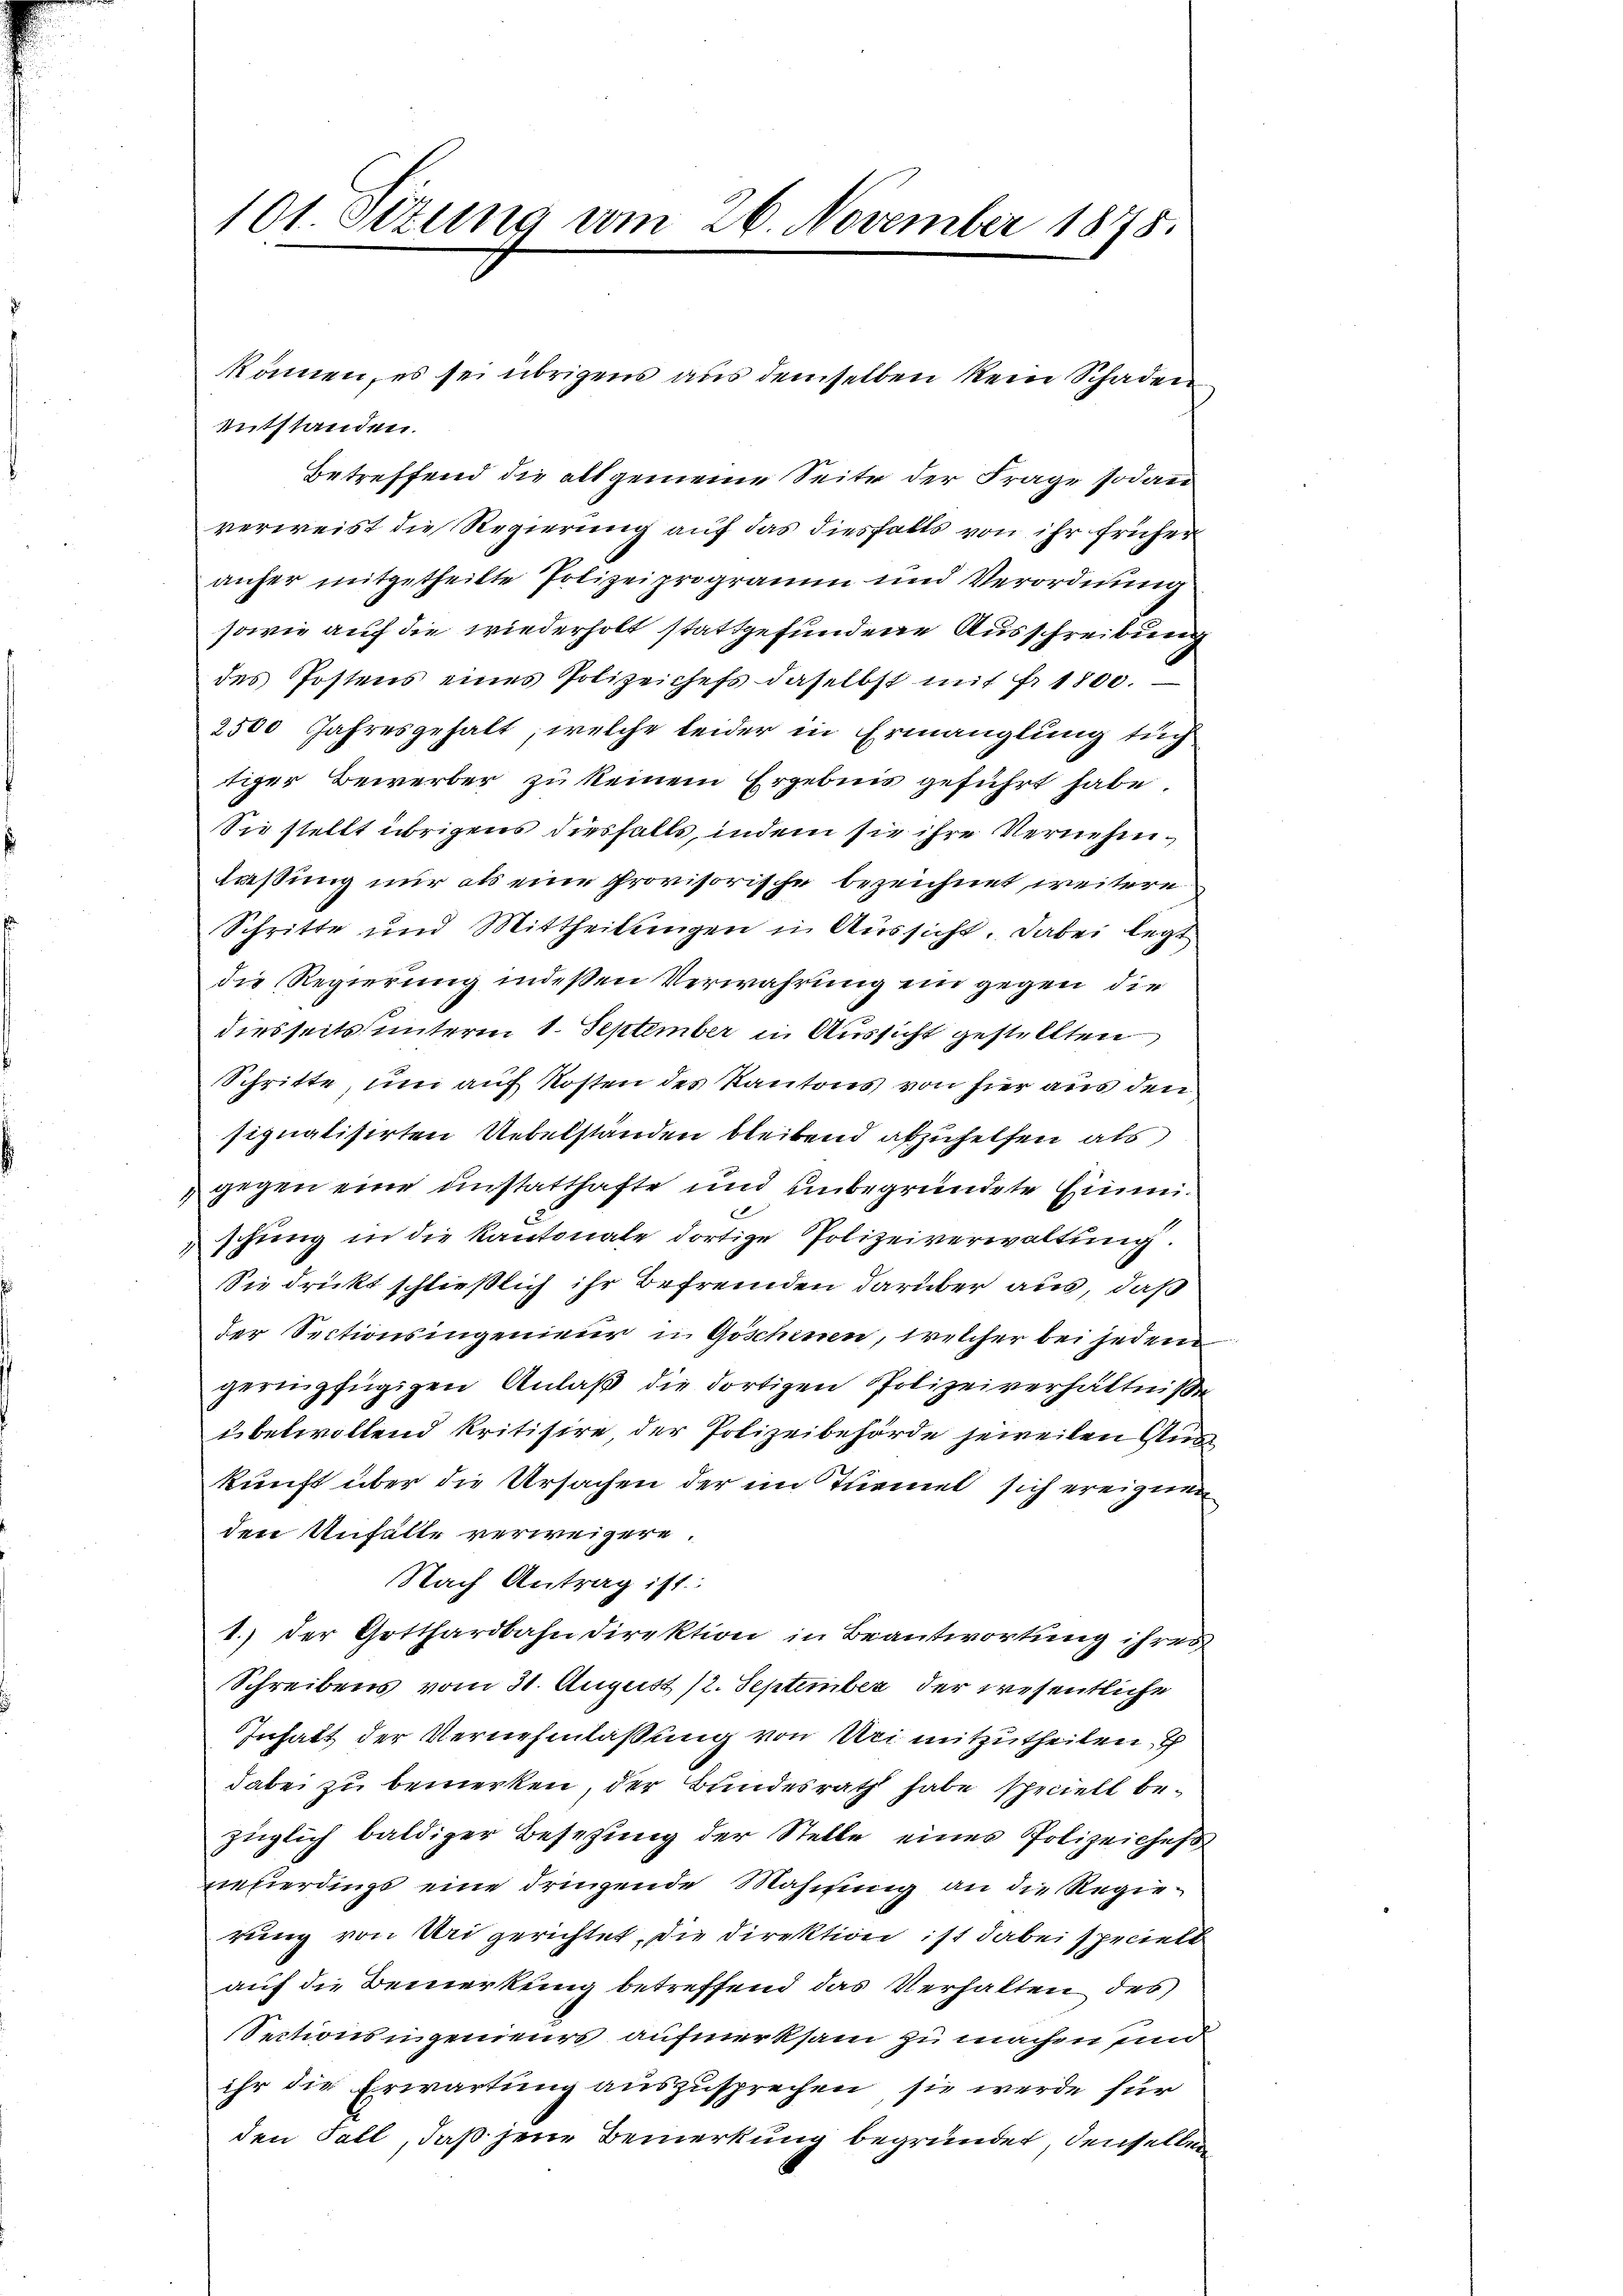
101. Sitzung vom 26. November 1875.

entstanden.
Betreffend die allgemeine Seite der Frage sodann
verweist die Regierung auf das diesfalls von ihr früher
anfer mitgetheilte Polizeiprogramm und Verordnung
sowie auf die wiederholt stattgefundene Ausschreibung
des Postens eines Polizeichefs daselbst mit Fr. 1800.
2500 Jahresgehalt, welche leider in Ermanglung tug
tiger Bewerber zu keinem Ergebnis geführt habe.
Sie stellt übrigens diesfalls, indem sie ihre Vernehmlaßung nur als eine Provisorische bezeichnet weitere
Schritte und Mittheilungen in Aussicht. Dabei legt
die Regierung indeßen Verwahrung ein gegen die
diesseits unterm 1. September in Aussicht gestellten
Schritte, um auf Kosten des Kantons, von hier aus den
signatisirten Uebelständen bleibend abzuhelfen als
gegen eine unstatthafte und unbegründete Einmischung in die Kantonale dortige Polizeiverwaltung.
Sie drückt schließlich ihr Befremden darüber aus, daß
der Sectionsingenieur in Göschinen, welcher bei jedem
geringfügigen Anlaß die dortigen Polizeiverhältnisse
ubelwollend kritisire, der Polizeibehörde jeweilen Aus
kunft über die Ursachen der im Tunnel sich ereignen
den Unfälle verweigere.
Nach Antrag ist:
1.) Der Gotthardbahndirektion in Beantwortung ihres
Schreibens vom 31. August 12. September der wesentliche
Inhalt der Vernehmlassung von Uri mitzutheilen,
dabei zu bemerken, der Bundesrath habe schriell bezüglich baldiger Besetzung der Stelle eines Polizeiches
reberdings eine dringende Mahnung an die Regierung von Uri gerichtet, die Direktion ist dabei speciell
auf die Bemerkung betreffend das Verhalten des
Sectionsingenieurs aufmerksam zu machen und
ihr die Erwartung auszusprechen, sie werde für
den Fall, daß jene Bemerkung begründet, denselben

können, es sei übrigens aus demselben kein Schaden